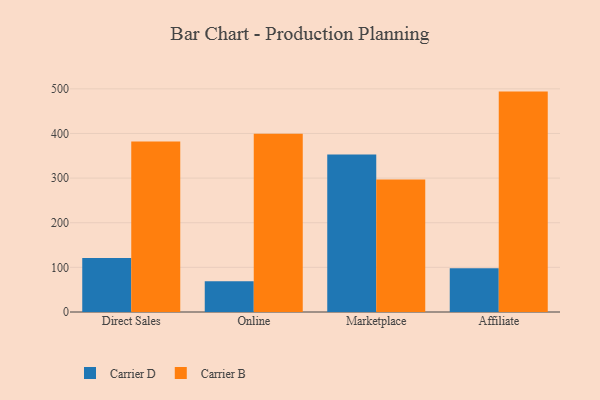
{"axis": {"x": "Channel", "y": "LTV (USD)"}, "legend": ["Carrier B", "Carrier D"], "data": [{"x": "Direct Sales", "y": 121.2, "type": "Carrier D"}, {"x": "Direct Sales", "y": 382.0, "type": "Carrier B"}, {"x": "Online", "y": 68.9, "type": "Carrier D"}, {"x": "Online", "y": 399.6, "type": "Carrier B"}, {"x": "Marketplace", "y": 352.6, "type": "Carrier D"}, {"x": "Marketplace", "y": 296.7, "type": "Carrier B"}, {"x": "Affiliate", "y": 98.0, "type": "Carrier D"}, {"x": "Affiliate", "y": 493.8, "type": "Carrier B"}]}